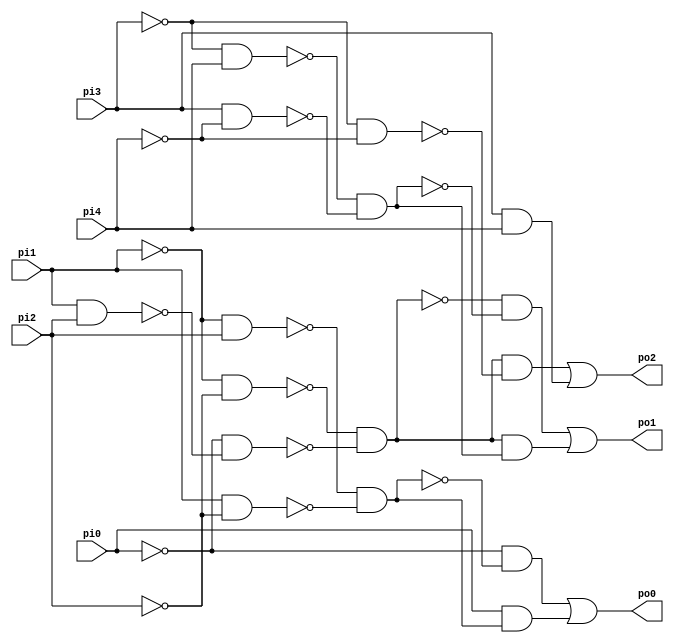
// Benchmark "CM82" written by ABC on Sun Apr 22 21:43:01 2018

module CM82 ( 
    pi0, pi1, pi2, pi3, pi4,
    po0, po1, po2 );
  input  pi0, pi1, pi2, pi3, pi4;
  output po0, po1, po2;
  wire n9, n10, n11, n12, n13, n15, n16, n17, n18, n19, n20, n21, n22, n23,
    n25, n26, n27;
  assign n9 = ~pi1 & pi2;
  assign n10 = pi1 & ~pi2;
  assign n11 = ~n9 & ~n10;
  assign n12 = ~pi0 & ~n11;
  assign n13 = pi0 & n11;
  assign po0 = n12 | n13;
  assign n15 = ~pi1 & ~pi2;
  assign n16 = pi1 & pi2;
  assign n17 = ~pi0 & ~n16;
  assign n18 = ~n15 & ~n17;
  assign n19 = ~pi3 & pi4;
  assign n20 = pi3 & ~pi4;
  assign n21 = ~n19 & ~n20;
  assign n22 = ~n18 & ~n21;
  assign n23 = n18 & n21;
  assign po1 = n22 | n23;
  assign n25 = ~pi3 & ~pi4;
  assign n26 = n18 & ~n25;
  assign n27 = pi3 & pi4;
  assign po2 = n26 | n27;
endmodule